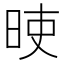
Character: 𣆘